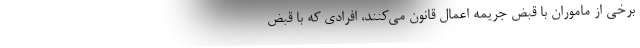
برخی از ماموران با قبض جریمه اعمال قانون می‌کنند، افرادی که با قبض